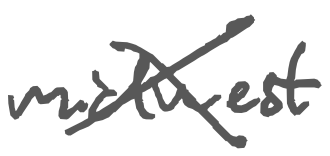
Text: Midwest
Cross-out: mix
Writing tool: digital_gray